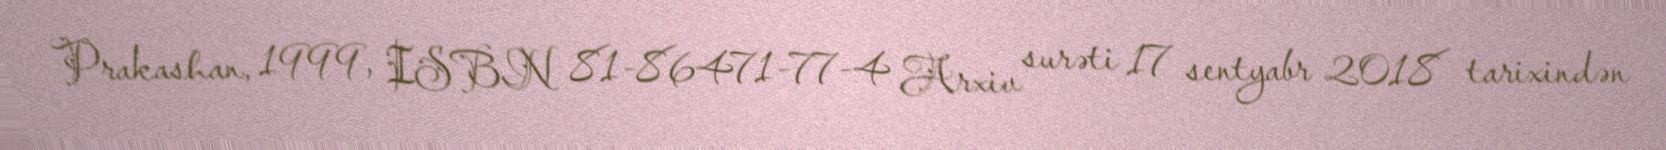
Prakashan, 1999, ISBN 81-86471-77-4 Arxiv surəti 17 sentyabr 2018 tarixindən